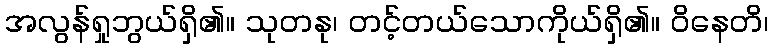
အလွန်ရှုဘွယ်ရှိ၏။ သုတနု၊ တင့်တယ်သောကိုယ်ရှိ၏။ ဝိနေတိ၊